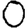
Digit: 0